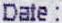
DATE: